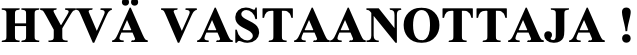
HYVÄ VASTAANOTTAJA  !